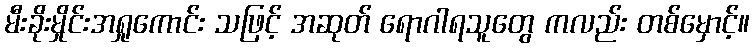
မီးခိုးမှိုင်းအရှုကောင်း သဖြင့် အဆုတ် ရောဂါရသူတွေ ကလည်း တစ်မှောင့်။